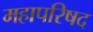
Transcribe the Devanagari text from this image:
महापरिषद